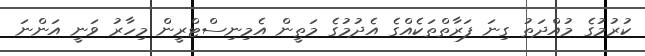
ކުރުމުގެ މުއްދަތު ގިނަ ފަރާތްތަކެއްގެ އެދުމުގެ މަތީން އެމިނިސްޓްރީން މިހާރު ވަނީ އަންނަ